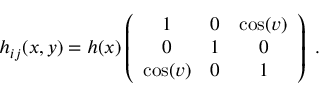
h _ { i j } ( x , y ) = h ( x ) \left( \begin{array} { c c c } { { 1 } } & { { 0 } } & { { \cos ( v ) } } \\ { { 0 } } & { { 1 } } & { { 0 } } \\ { { \cos ( v ) } } & { { 0 } } & { { 1 } } \end{array} \right) \, \, .